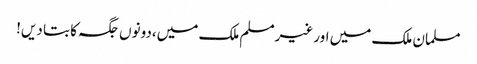
مسلمان ملک میں اور غیرمسلم ملک میں،دونوں جگہ کا بتا دیں!